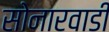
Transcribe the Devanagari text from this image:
सोनारवाडी